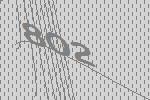
802